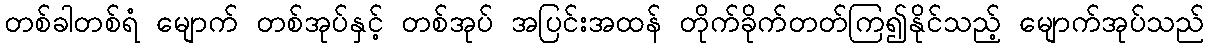
တစ်ခါတစ်ရံ မျောက် တစ်အုပ်နှင့် တစ်အုပ် အပြင်းအထန် တိုက်ခိုက်တတ်ကြ၍နိုင်သည့် မျောက်အုပ်သည်